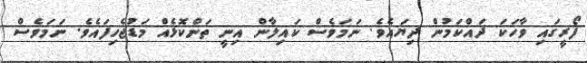
ފޯރީގައި ވާހަކަ ދައްކަމުން ދިޔައެވެ. ނަމަވެސް ކައިލާން އިނީ ތަންކޮޅެއް މަޑުޖެހިފައެވެ. ނަމަވެސް